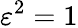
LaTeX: \varepsilon^{2}=1